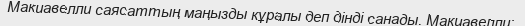
Макиавелли саясаттың маңызды кұралы деп дінді санады. Макиавелли:,